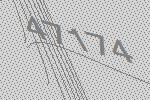
47174